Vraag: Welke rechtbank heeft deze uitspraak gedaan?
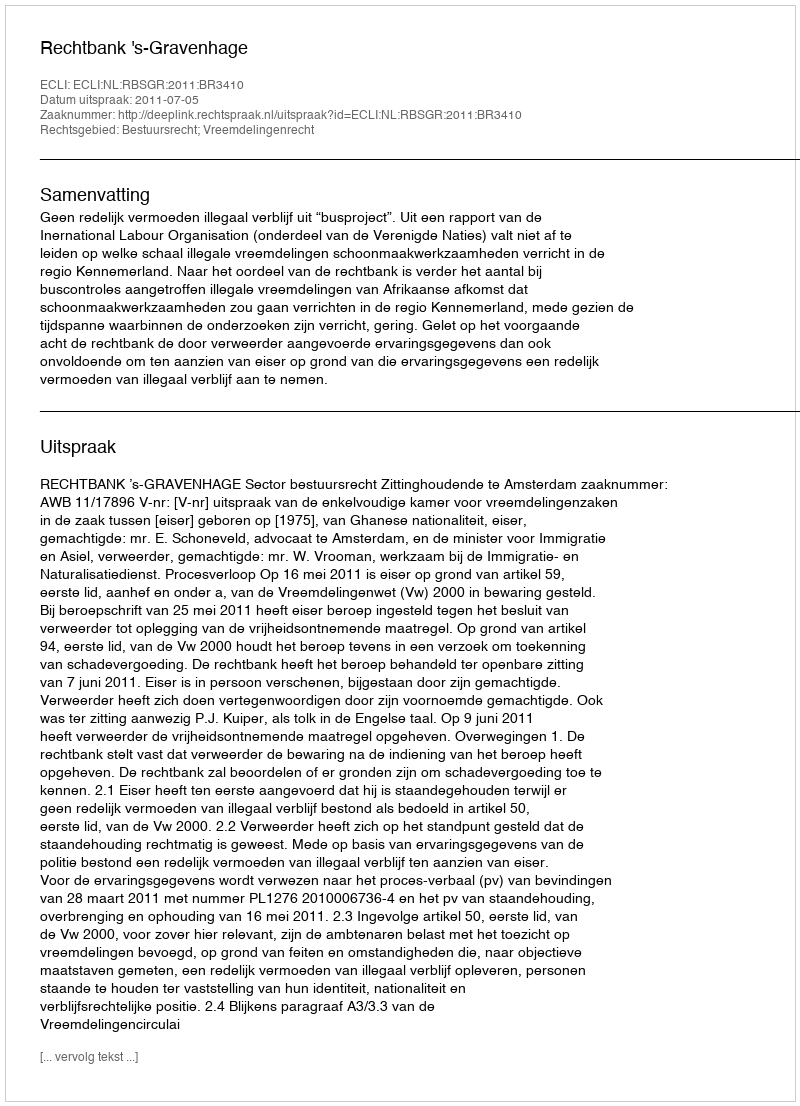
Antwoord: Rechtbank 's-Gravenhage